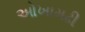
ઓખામઢી